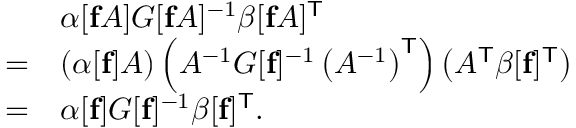
{ \begin{array} { r l } & { \alpha [ \mathbf { f } A ] G [ \mathbf { f } A ] ^ { - 1 } \beta [ \mathbf { f } A ] ^ { \mathsf { T } } } \\ { = } & { \left( \alpha [ \mathbf { f } ] A \right) \left( A ^ { - 1 } G [ \mathbf { f } ] ^ { - 1 } \left( A ^ { - 1 } \right) ^ { \mathsf { T } } \right) \left( A ^ { \mathsf { T } } \beta [ \mathbf { f } ] ^ { \mathsf { T } } \right) } \\ { = } & { \alpha [ \mathbf { f } ] G [ \mathbf { f } ] ^ { - 1 } \beta [ \mathbf { f } ] ^ { \mathsf { T } } . } \end{array} }